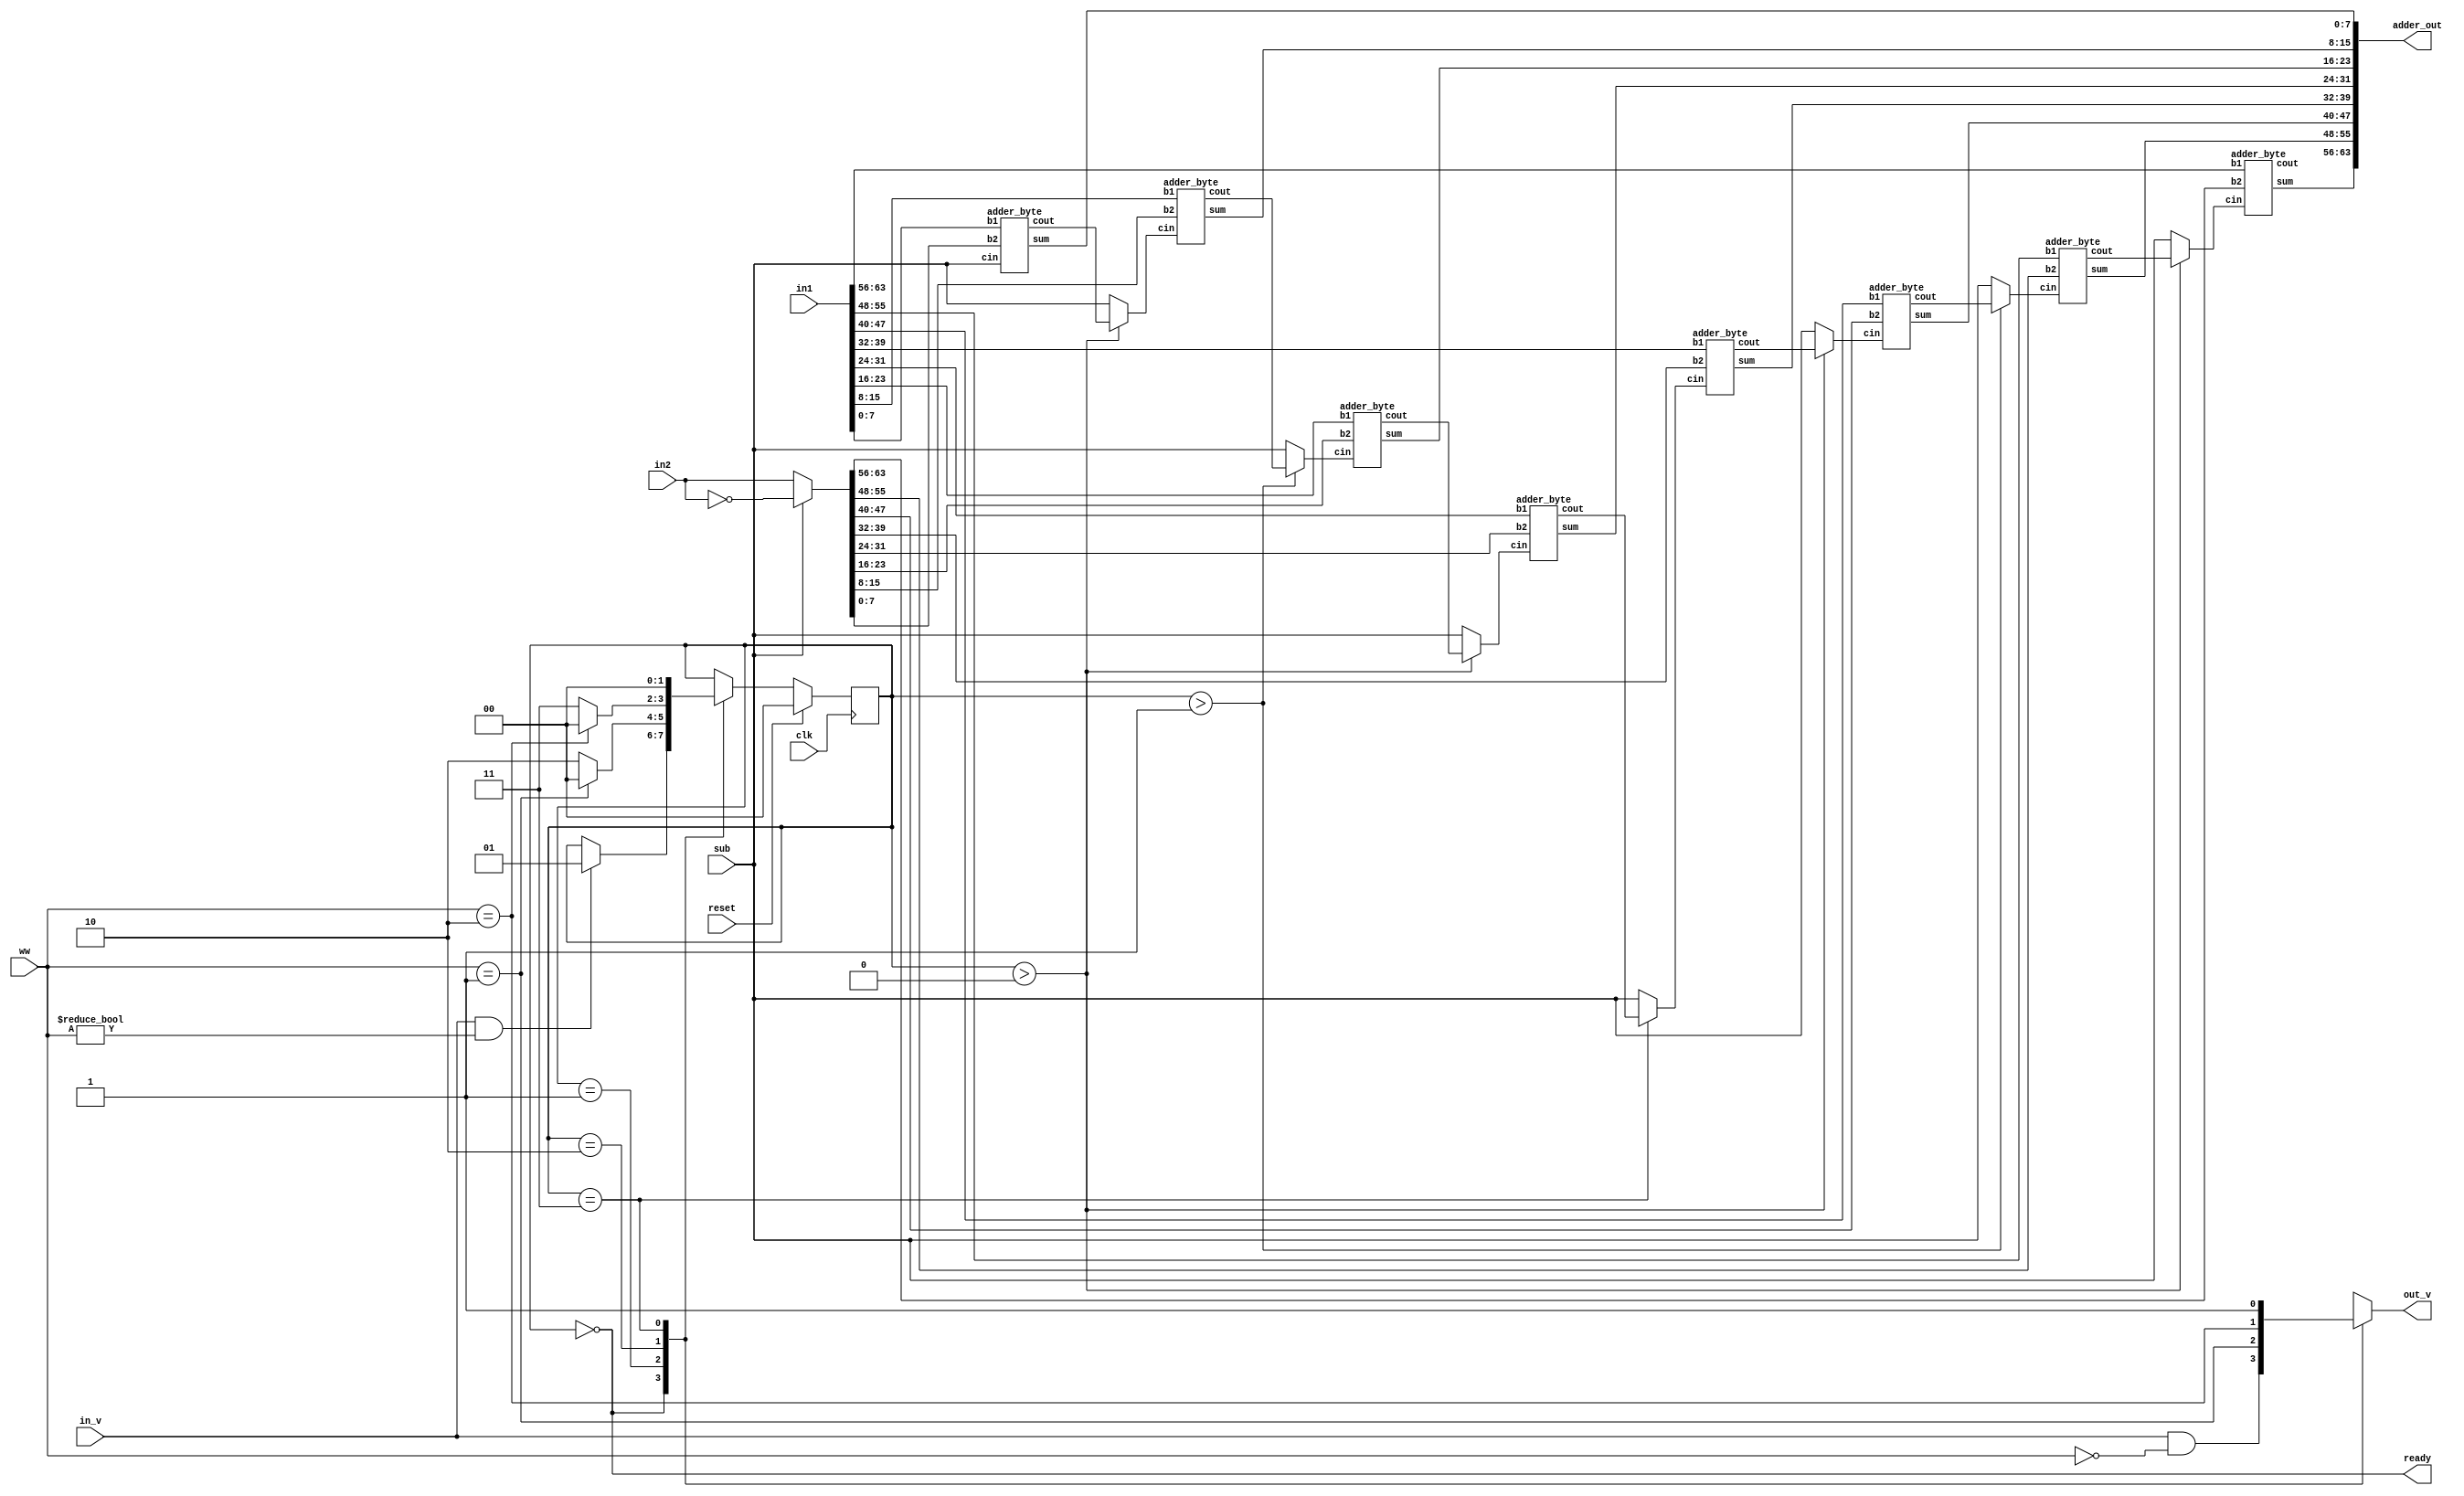
// inputs are expected to remain constant until done
module adder(
	input clk, reset, in_v,
	input [0:63] in1, in2,
	input [1:0] ww,
	input sub,
	output [0:63] adder_out,
	output reg out_v,
	output ready
	);

	reg [1:0] ps;
	wire [0:63] op1, op2;
	wire [0:7] cins;
	wire [0:7] couts;

	assign cins[7] = sub;
	assign ready = (ps == 2'b00);
	assign op1 = in1;
	assign op2 = sub ? ~in2 : in2;
	assign cins[3] = ps == 'b11 ? couts[4] : sub;

	// generate byte carry muxes
	generate
		genvar b;
		for (b = 0; b < 8; b = b + 2)
			assign cins[b] = ps > 'b0 ? couts[b+1] : sub;
		for (b = 1; b < 8; b = b + 4)
			assign cins[b] = ps > 'b1 ? couts[b+1] : sub;
	endgenerate

	// generate byte size adders
	generate
		genvar i;
		for (i = 0; i < 8; i = i + 1) begin
			adder_byte a_i(
				op1[i*8:i*8+7],
				op2[i*8:i*8+7],
				cins[i],
				adder_out[i*8:i*8+7],
				couts[i]
				);
		end
	endgenerate

	always @(*) begin
		case(ps)
			2'b00: out_v = (in_v && ww == 0);
			2'b01: out_v = (ww == 1);
			2'b10: out_v = (ww == 2'b10);
			2'b11: out_v = 1;
		endcase
	end

	always @(posedge clk) begin
		case(ps)
			2'b00: begin
				if (in_v && ww != 0) ps <= 2'b01;
			end
			2'b01: begin
				if (ww == 'b1) ps <= 2'b00;
				else ps <= 2'b10;
			end
			2'b10: begin
				if (ww == 'b10) ps <= 2'b00;
				else ps <= 2'b11;
			end
			2'b11: ps <= 2'b00;
		endcase
		
		if (reset) begin
			ps <= 'b0;
		end
	end
endmodule

module adder_byte(
	input [0:7] b1, b2,
	input cin,
	output [0:7] sum,
	output cout
	);

	wire [8:0] s;
	
	assign s = b1 + b2 + cin;
	assign cout = s[8];
	assign sum = s[7:0];
endmodule